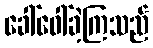
ခေါ်ဝေါ်ခဲ့ကြသည်